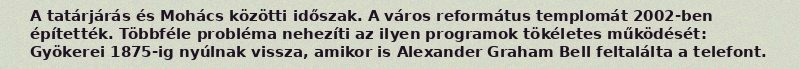
A tatárjárás és Mohács közötti időszak. A város református templomát 2002-ben építették. Többféle probléma nehezíti az ilyen programok tökéletes működését: Gyökerei 1875-ig nyúlnak vissza, amikor is Alexander Graham Bell feltalálta a telefont.